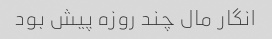
انگار مال چند روزه پیش بود